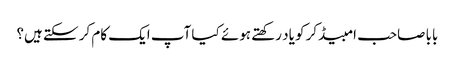
بابا صاحب امبیڈکر کو یاد رکھتے ہوئے کیا آپ ایک کام کر سکتے ہیں؟